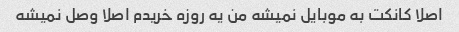
اصلا کانکت به موبایل نمیشه من یه روزه خریدم اصلا وصل نمیشه